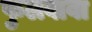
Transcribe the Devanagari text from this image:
फुलवावा